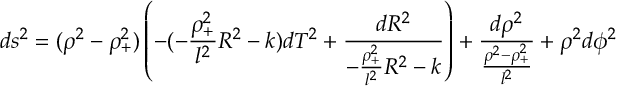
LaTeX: d s ^ { 2 } = ( \rho ^ { 2 } - \rho _ { + } ^ { 2 } ) \left( - ( - \frac { \rho _ { + } ^ { 2 } } { l ^ { 2 } } R ^ { 2 } - k ) d T ^ { 2 } + \frac { d R ^ { 2 } } { - \frac { \rho _ { + } ^ { 2 } } { l ^ { 2 } } R ^ { 2 } - k } \right) + \frac { d \rho ^ { 2 } } { \frac { \rho ^ { 2 } - \rho _ { + } ^ { 2 } } { l ^ { 2 } } } + \rho ^ { 2 } d \phi ^ { 2 }